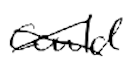
Text: could
Cross-out: cross
Writing tool: digital_black